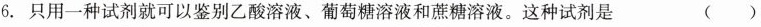
6.只用一种试剂就可以鉴别乙酸溶液、葡萄糖溶液和蔗糖溶液。这种试剂是 ( )